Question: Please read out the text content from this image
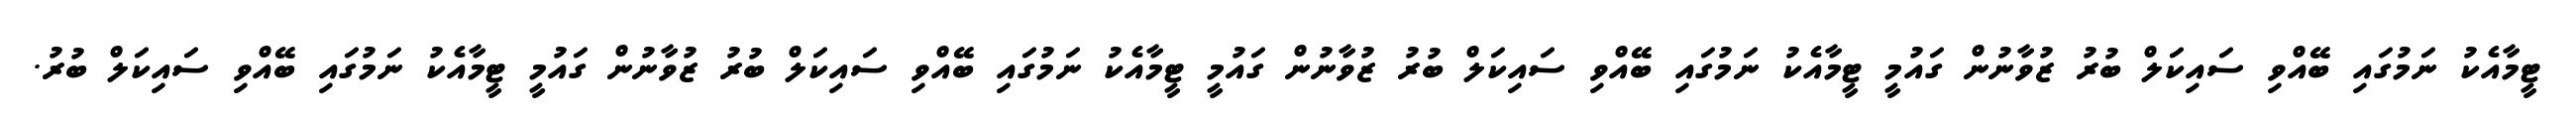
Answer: ޓީމާއެކު ނަމުގައި ބޭއްވި ސައިކަލް ބުރު ޒުވާނުން ގައުމީ ޓީމާއެކު ނަމުގައި ބޭއްވި ސައިކަލް ބުރު ޒުވާނުން ގައުމީ ޓީމާއެކު ނަމުގައި ބޭއްވި ސައިކަލް ބުރު ޒުވާނުން ގައުމީ ޓީމާއެކު ނަމުގައި ބޭއްވި ސައިކަލް ބުރު.